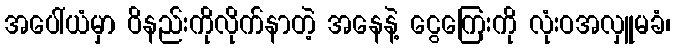
အပေါ်ယံမှာ ဝိနည်းကိုလိုက်နာတဲ့ အနေနဲ့ ငွေကြေးကို လုံးဝအလှူမခံ၊